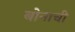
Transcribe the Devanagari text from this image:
बोनाची